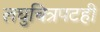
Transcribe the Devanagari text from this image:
लघुचित्रपटही